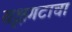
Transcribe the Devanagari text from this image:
वृक्षगटाचा